Annual report of the Punjab Veterinary College and of the Civil Veterinary Department, Punjab - 1909-1919
Year: 1909
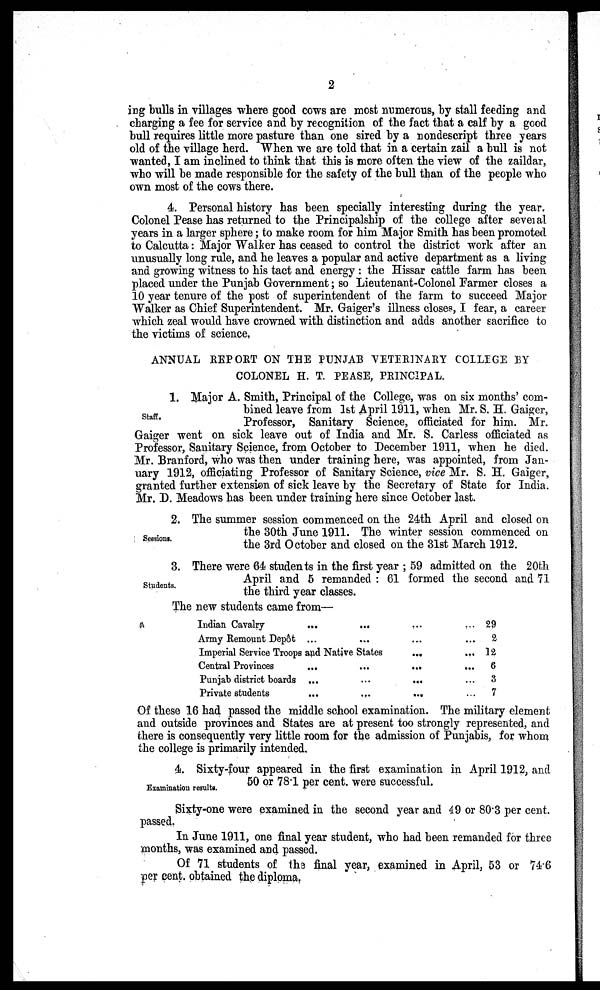
2
ing bulls in villages where good cows are most numerous, by stall feeding and
charging a fee for service and by recognition of the fact that a calf by a good
bull requires little more pasture than one sired by a nondescript three years
old of the village herd. When we are told that in a certain zail a bull is not
wanted, I am inclined to think that this is more often the view of the zaildar,
who will be made responsible for the safety of the bull than of the people who
own most of the cows there.
4. Personal history has been specially interesting during the year.
Colonel Pease has returned to the Principalship of the college after several
years in a larger sphere; to make room for him Major Smith has been promoted
to Calcutta: Major Walker has ceased to control the district work after an
unusually long rule, and he leaves a popular and active department as a living
and growing witness to his tact and energy: the Hissar cattle farm has been
placed under the Punjab Government; so Lieutenant-Colonel Farmer closes a
10 year tenure of the post of superintendent of the farm to succeed Major
Walker as Chief Superintendent. Mr. Gaiger's illness closes, I fear, a career
which zeal would have crowned with distinction and adds another sacrifice to
the victims of science,
ANNUAL REPORT ON THE PUNJAB VETERINARY COLLEGE BY
COLONEL H. T. PEASE, PRINCIPAL.
Staff.
1. Major A. Smith, Principal of the College, was on six months' com-
bined leave from 1st April 1911, when Mr. S. H. Gaiger,
Professor, Sanitary Science, officiated for him. Mr.
Gaiger went on sick leave out of India and Mr. S. Carless officiated as
Professor, Sanitary Science, from October to December 1911, when he died.
Mr. Branford, who was then under training here, was appointed, from Jan-
uary 1912, officiating Professor of Sanitary Science, vice Mr. S. H. Gaiger,
granted further extension of sick leave by the Secretary of State for India.
Mr. D. Meadows has been under training here since October last.
Sessions.
2. The summer session commenced on the 24th April and closed on
the 30th June 1911. The winter session commenced on
the 3rd October and closed on the 31st March 1912.
Students.
3. There were 64 students in the first year; 59 admitted on the 20th
April and 5 remanded: 61 formed the second and 71
the third year classes.
The new students came from—
Indian
Cavalry.........
Army Remount Depôt.........
Imperial Service Troops and Native
States...
Central
Provinces.........
Punjab district
boards.........
Private
students.........
29
2
12
6
3
7
Of these 16 had passed the middle school examination. The military element
and outside provinces and States are at present too strongly represented, and
there is consequently very little room for the admission of Punjabis, for whom
the college is primarily intended.
Examination results.
4. Sixty-four appeared in the first examination in April 1912, and
50 or 78.1 per cent. were successful.
Sixty-one were examined in the second year and 49 or 80.3 per cent.
passed.
In June 1911, one final year student, who had been remanded for three
months, was examined and passed.
Of 71 students of the final year, examined in April, 53 or 74.6
per cent. obtained the diploma.